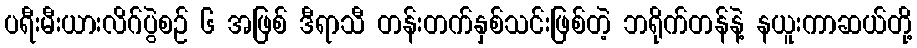
ပရီးမီးယားလိဂ်ပွဲစဉ် ၆ အဖြစ် ဒီရာသီ တန်းတက်နှစ်သင်းဖြစ်တဲ့ ဘရိုက်တန်နဲ့ နယူးကာဆယ်တို့